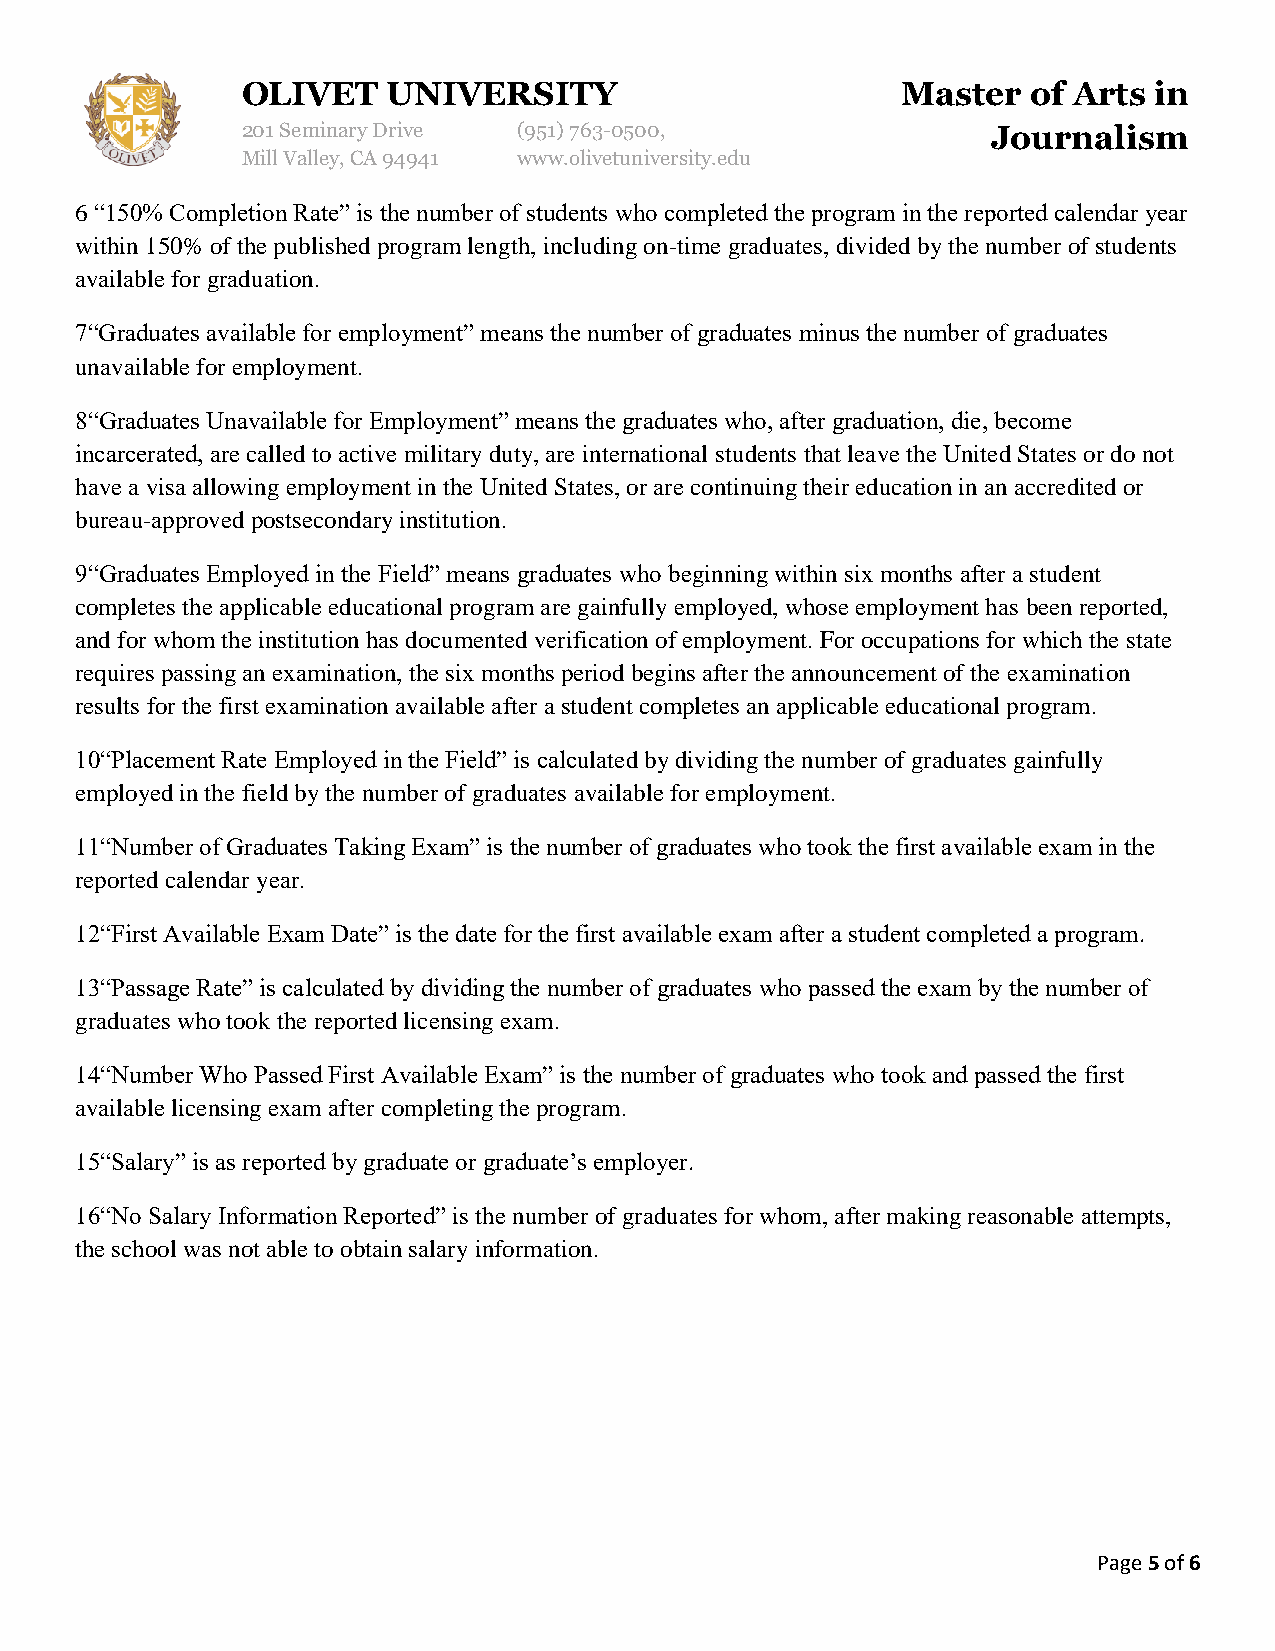
OLIVET    UNIVERSITY                        Master  of Arts in
 201 Seminary Drive (951)763-0500,                 Journalism
 Mill Valley, CA 94941 www.olivetuniversity.edu
 6 “150% Completion Rate” is the number of students who completed the program in the reported calendar year
 within 150% of the published program length, including on-time graduates, divided by the number of students
 available for graduation.
 7“Graduates available for employment” means the number of graduates minus the number of graduates
 unavailable for employment.
 8“Graduates Unavailable for Employment” means the graduates who, after graduation, die, become
 incarcerated, are called to active military duty, are international students that leave the United States or do not
 have a visa allowing employment in the United States, or are continuing their education in an accredited or
 bureau-approved postsecondary institution.
 9“Graduates Employed in the Field” means graduates who beginning within six months after a student
 completes the applicable educational program are gainfully employed, whose employment has been reported,
 and for whom the institution has documented verification of employment. For occupations for which the state
 requires passing an examination, the six months period begins after the announcement of the examination
 results for the first examination available after a student completes an applicable educational program.
 10“Placement Rate Employed in the Field” is calculated by dividing the number of graduates gainfully
 employed in the field by the number of graduates available for employment.
 11“Number of Graduates Taking Exam” is the number of graduates who took the first available exam in the
 reported calendar year.
 12“First Available Exam Date” is the date for the first available exam after a student completed a program.
 13“Passage Rate” is calculated by dividing the number of graduates who passed the exam by the number of
 graduates who took the reported licensing exam.
 14“Number Who Passed First Available Exam” is the number of graduates who took and passed the first
 available licensing exam after completing the program.
 15“Salary” is as reported by graduate or graduate’s employer.
 16“No Salary Information Reported” is the number of graduates for whom, after making reasonable attempts,
 the school was not able to obtain salary information.
 Page 5 of 6